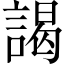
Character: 謁